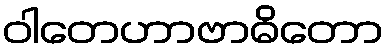
ဝါတေဟာဗာဓိတော